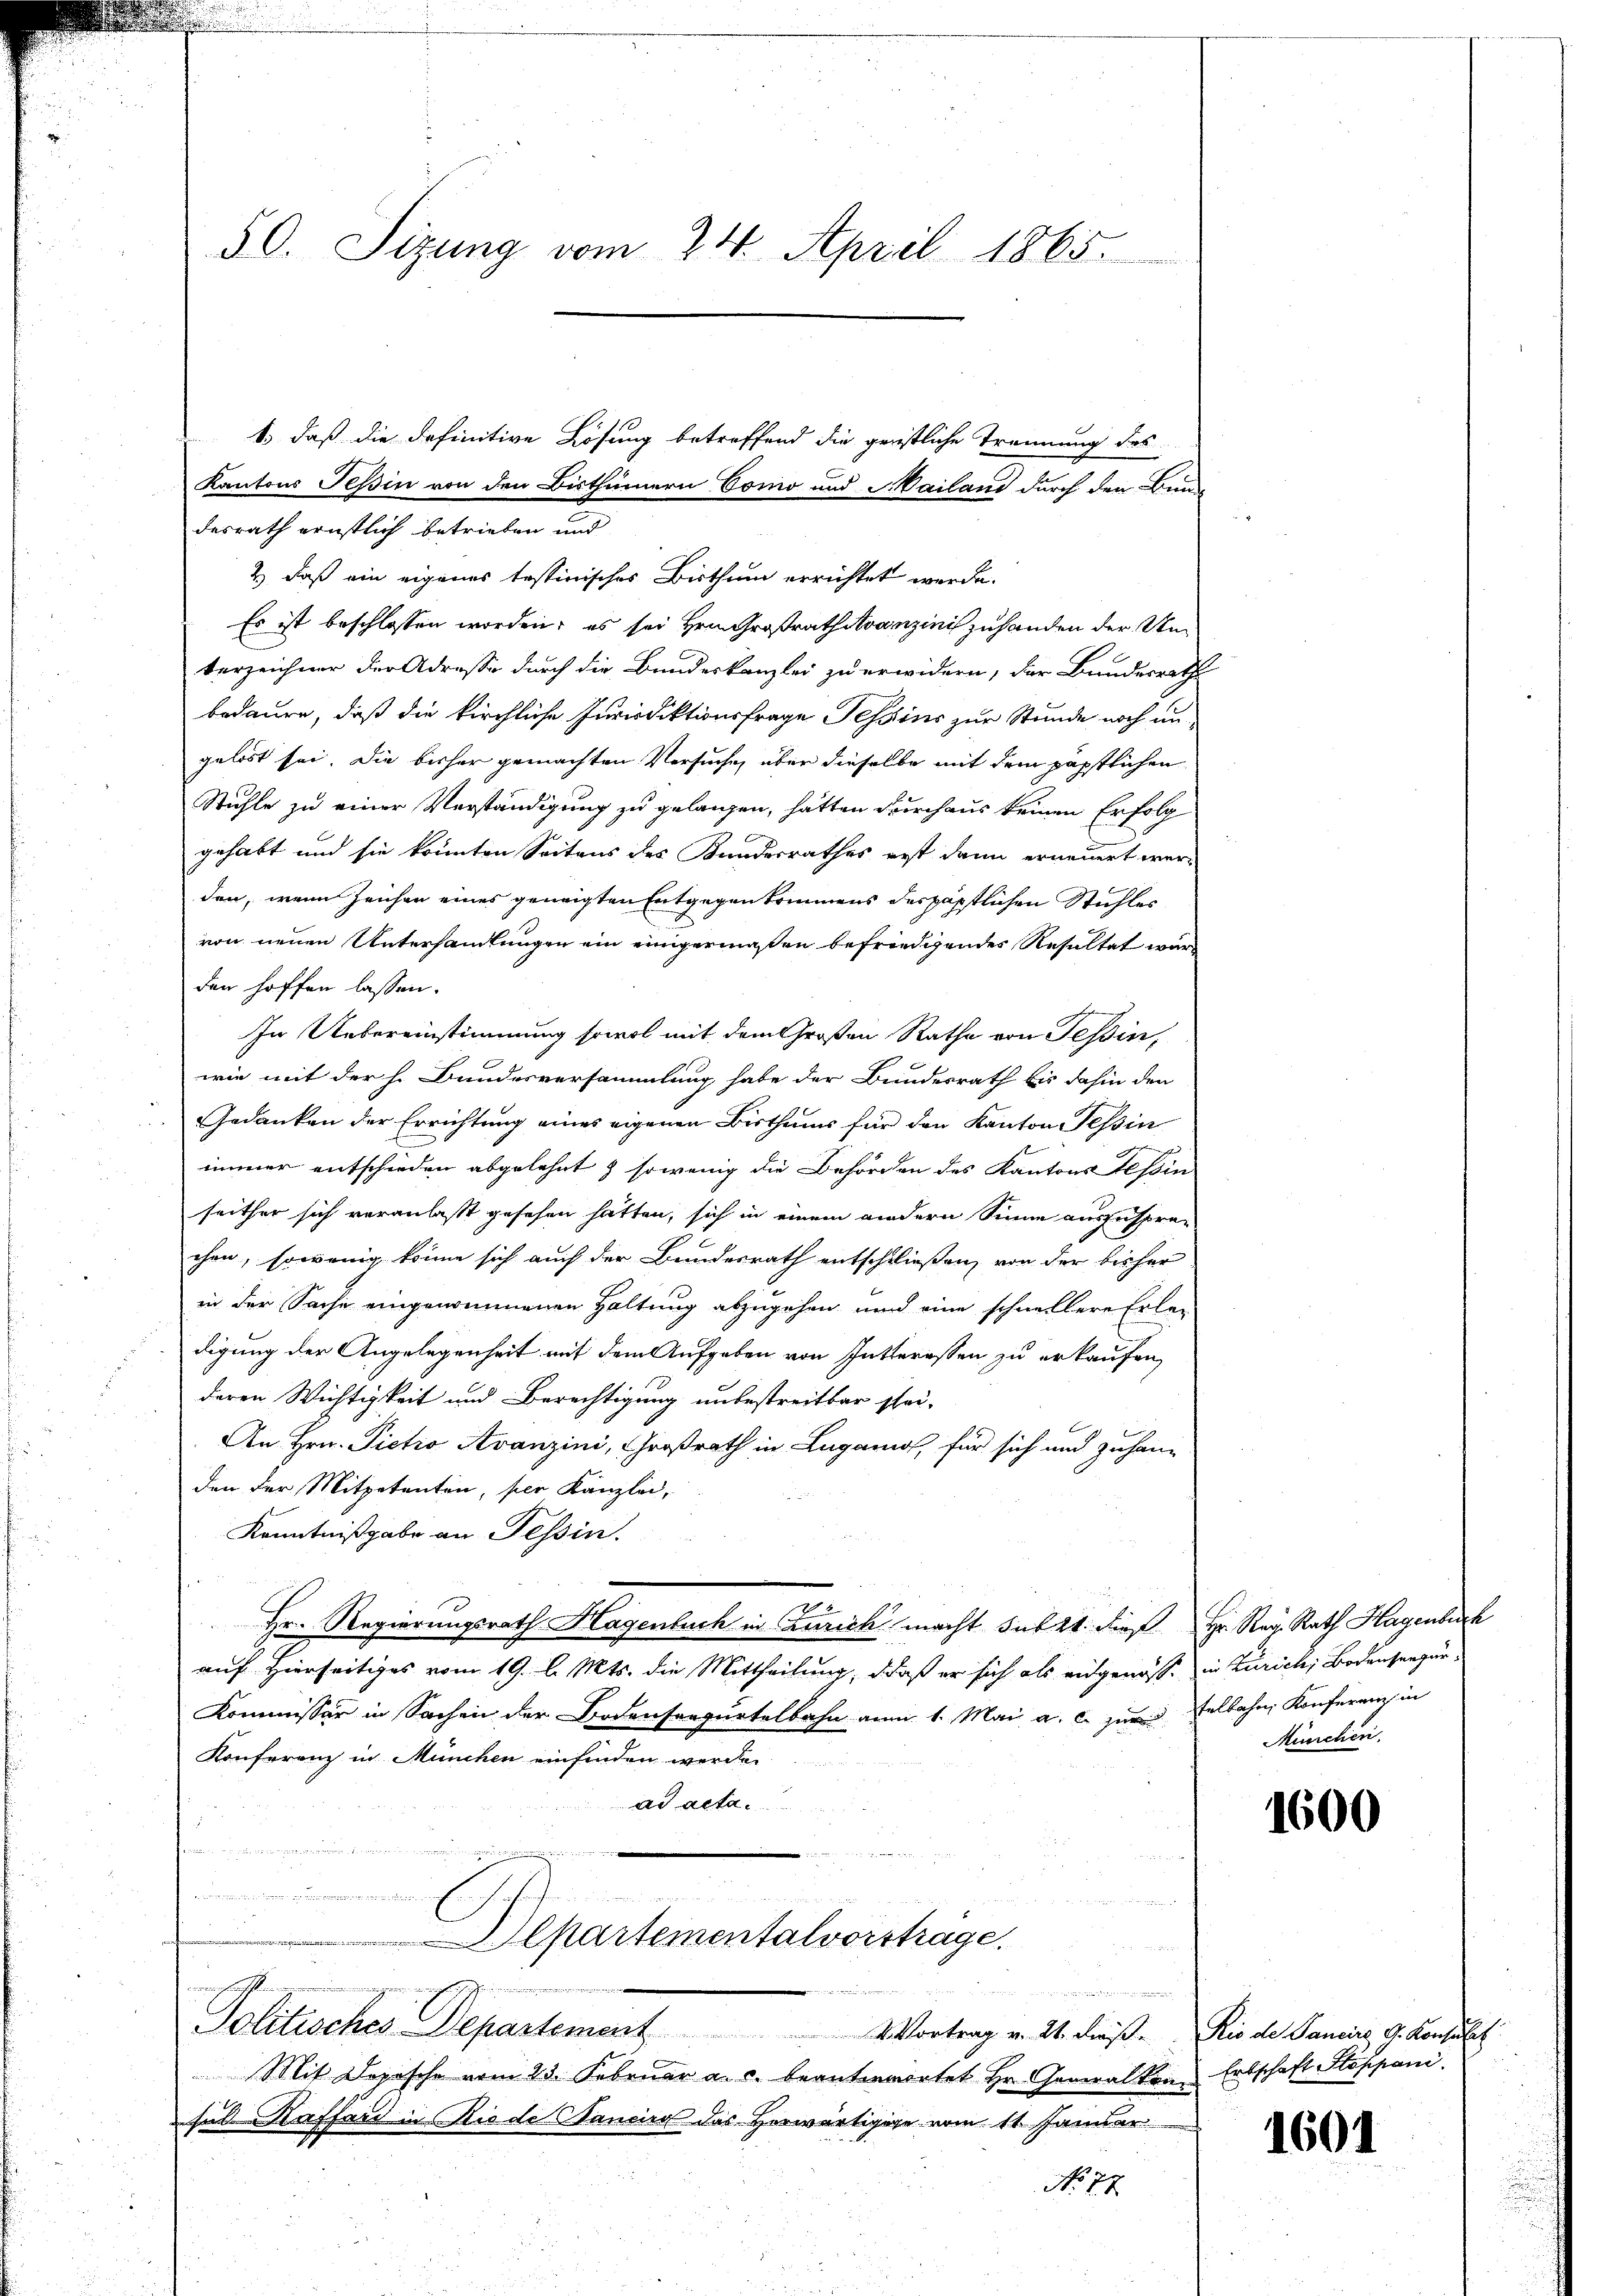
50. Sizung vom 24. April 1865.

1., daß die definitive Lösung betreffend die geristliche Trennung des
Kantons Teßin von den Bisthümern Como und Mailand durch den Bun
desrath ernstlich betrieben und
2.) daß ein eigenes testinisches Bisthum errichtet werde.
Es ist beschlossen worden; es sei Hrn. Großrath Avanzinis zuhanden der Unterzeichner der Adresse durch die Bundeskanzlei zu erwidern, der Bundesrath
bedaure, daß die kirchliche Jurisdiktionsfrage Tessins zur Stunde noch ungelöst sei. Die bisher gemachten Versuche, über dieselbe mit dem päpstlichen
Stühle zu einer Verständigung zu gelangen, hätten durchaus keinen Erfolg
gehabt und sie könnten Seitens des Kundesrathes erst dann erneuert werden, wenn Zeichen eines geneigten Entgegenkommens des päpstlichen Stuhles
von neuen Unterhandlungen ein einigermaßen befriedigendes Resultat wär
den hoffen lassen.
In Uebereinstimmung sowol mit dem Großen Rathe von Tessin,
wie mit der h. Bundesversammlung habe der Bundesrath bis dahin den
Gedanken der Errichtung eines eigenen Bisthums für den Kantonessin
immer entschieden abgelehnt & sowenig die Behörden des Kantons Tessin
seither sich veranlaßt gesehen hatten, sich in einem andern Sinne auszusprachen, sowenig könne sich auch der Bundesrath entschließen, von der bisher
in der Sache eingenommenen Haltung abzugehen und eine schnellere Erle-
digung der Angelegenheit mit dem Aufgaben von Intteressen zu erkaufen,
deren Wichtigkeit und Berechtigung unbestreitbar schei¬
An Hrn. Pietio Avanzini, Großrath in Lugano, für sich und zuhang
den der Mitpetenten, per Kanzlei,
Kenntnißgabe an Tessin.
.
Hr. Regierungsrath Hagenbuch in Zürich macht sub 21. dieß Hr. Reg. Rath Hagenbuch
auf Hierseitiges vom 19. l. Mts. die Mittheilung, daß er sich als eidgenosse in Zürichi Bodenseegur
Kommissär in Sachen der Bodenseesurtelbahn am 1. Mai a. c. zur selbahn, Konferenz in
Konferenz in München einfinden werden
ad acta.
d
Departementalvorstrage.
s
 gegen
Politisches Departement Vortrag v. 21. dieß. Rio de Pancire G. Konsulat
Mit Dopische vom 23. Februar a. c. beanterwortet Hr. Generalkon Erbschaft Stoppani
s
hal Raffard in Riede Sancird das Herwärtigige vom 11. Januar
No 77

München.

1600

1601